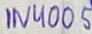
Text: 1N4005